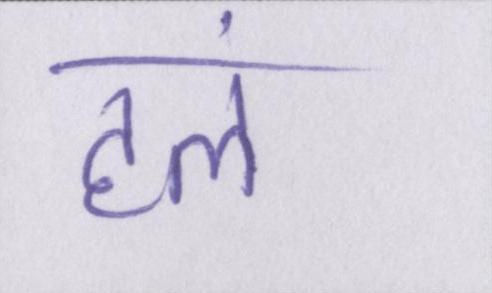
हलं